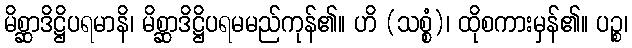
မိစ္ဆာဒိဋ္ဌိပရမာနိ၊ မိစ္ဆာဒိဋ္ဌိပရမမည်ကုန်၏။ ဟိ (သစ္စံ)၊ ထိုစကားမှန်၏။ ပဉ္စ၊